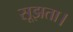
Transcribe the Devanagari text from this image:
सूझता।